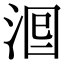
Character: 𣴵